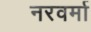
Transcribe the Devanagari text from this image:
नरवर्मा